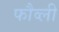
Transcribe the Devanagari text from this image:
फौव्ली